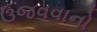
ઉજવવાનો